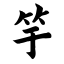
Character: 竽